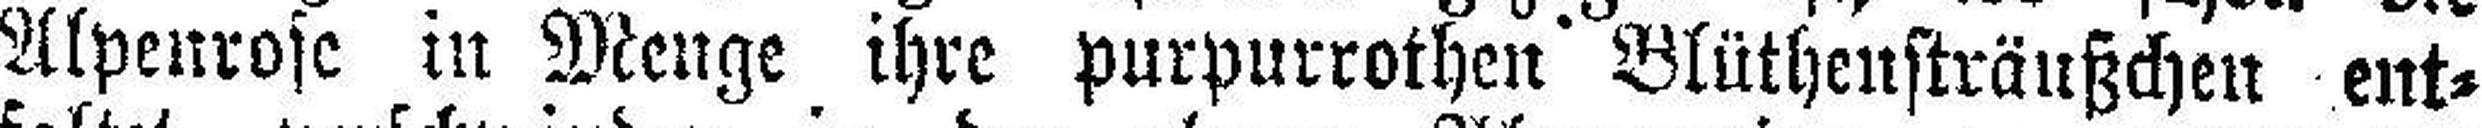
Alpenrose in Menge ihre purpurrothen Blüthensträußchen ent¬